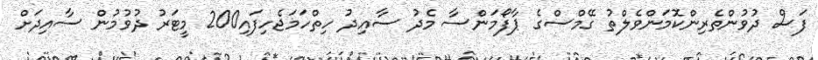
ފަސް ދުވުންތެރިންކޮމަންވެލްތު ގޭމްސްގެ ޕާފޯމަންސާ މެދު ސާއިދު ހިތްހަމަޖެހިފައި200 މީޓަރު ދުވުމުން ސާއިދަށް